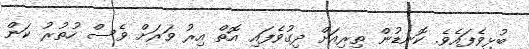
ބުޅިވެފައެވެ. ކޮނޑުން ތިރިއަށް ދިގުވެފައި އޮތް އިރު ވަރަށް ވެސް ހުތުރު ކަން